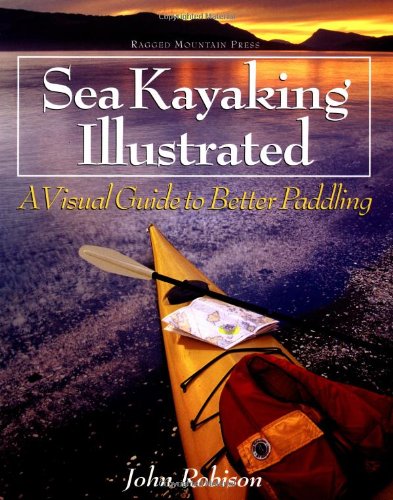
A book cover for Sea Kayaking Illustrated : A Visual Guide to Better Paddling; John Robison; Sports & Outdoors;